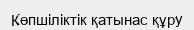
Көпшіліктік қатынас құру